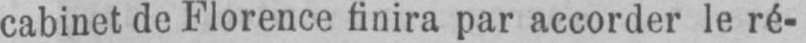
cabinet de Florence finira par accorder le ré-